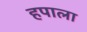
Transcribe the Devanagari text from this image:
हपाला